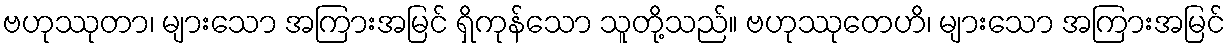
ဗဟုဿုတာ၊ များသော အကြားအမြင် ရှိကုန်သော သူတို့သည်။ ဗဟုဿုတေဟိ၊ များသော အကြားအမြင်